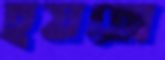
হয়তো